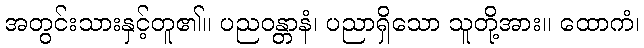
အတွင်းသားနှင့်တူ၏။ ပညဝန္တာနံ၊ ပညာရှိသော သူတို့အား။ ထောကံ၊